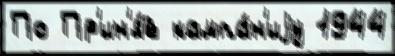
По Пр'ин'я́в кампа́н'иjу 1944